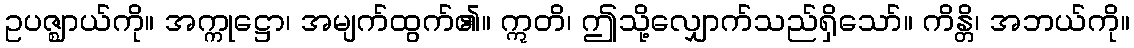
ဥပဇ္ဈာယ်ကို။ အက္ကုဋ္ဌော၊ အမျက်ထွက်၏။ ဣတိ၊ ဤသို့လျှောက်သည်ရှိသော်။ ကိန္တိ၊ အဘယ်ကို။